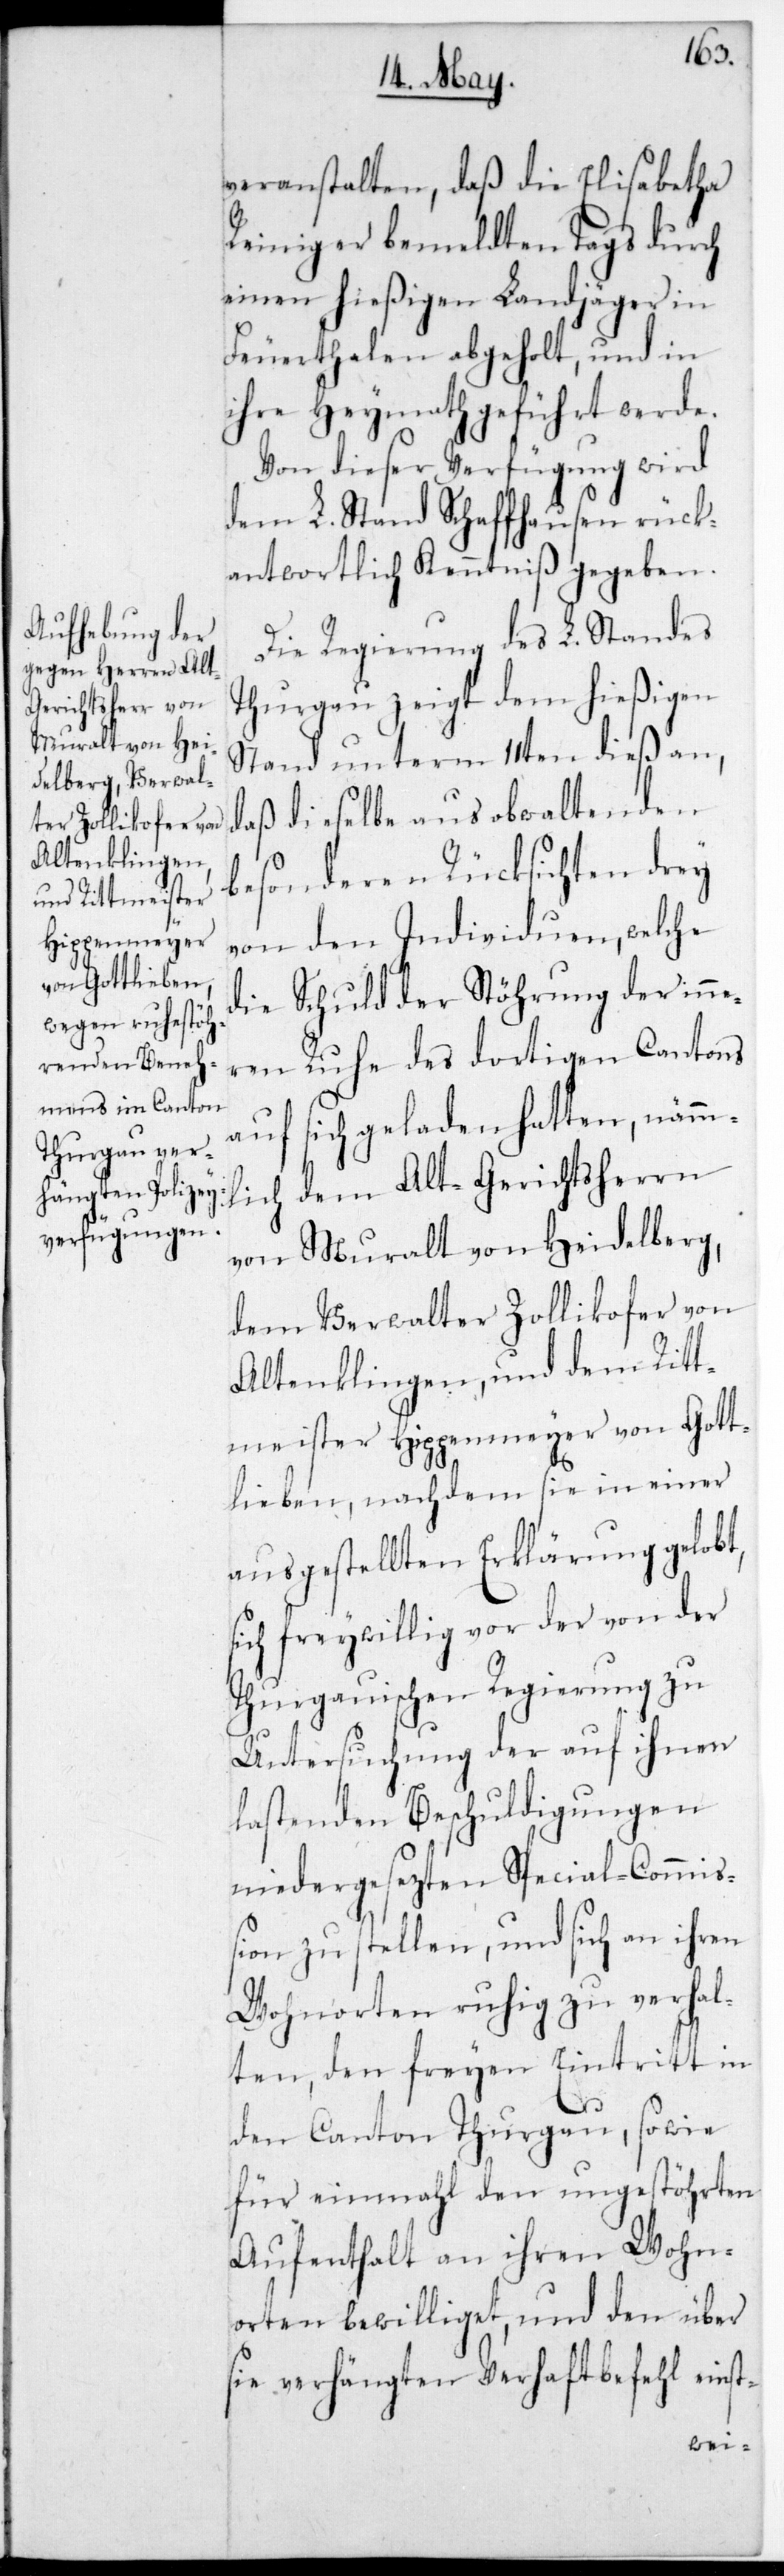
veranstalten, daß die Elisabetha
Reiniger bemeldten Tags durch
einen hießigen Landjäger in
Feuerthalen abgeholt, und in
ihre Heymath geführt werde.
Von dieser Verfügung wird
dem L. Stand Schaffhausen rück¬
antwortlich Kenntniß gegeben.
Die Regierung des L. Standes
Thurgau zeigt dem hießigen
Stand unterm 11ten dieß an,
daß dieselbe aus obwaltenden
besonderen Rücksichten drey
von den Individuen, welche
die Schuld der Störung der inne¬
ren Ruhe des dortigen Cantons
auf sich geladen hatten, nämm¬
lich dem Alt-Gerichtsherrn
von Muralt von Heidelberg,
dem Verwalter Zollikofer von
Altenklingen, und dem Ritt¬
meister Hippenmeyer von Gott¬
lieben, nachdem sie in einer
ausgestellten Erklärung gelobt,
sich freywillig vor der von der
Thurgauischen Regierung zu
Untersuchung der auf ihnen
lastenden Beschuldigungen
niedergesezten Spezial-Commiß¬
ion zu stellen, und sich an ihren
Wohnorten ruhig zu verhal¬
ten, der freien Eintritt in
den Canton Thurgau, sowie
für einmahl den ungestöhrten
Aufenthalt an ihren Wohn¬
orten bewilliget, und den über
sie verhängten Verhaftbefehl einst-